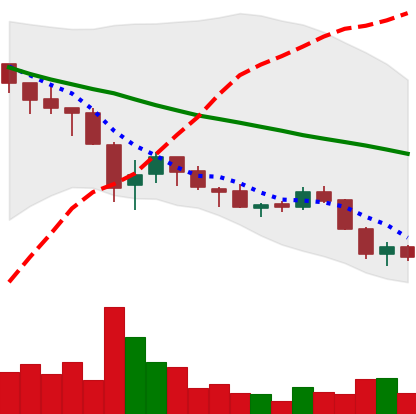
Ticker: ADA-USD
Chart end date: 2018-05-25
Forward return: 5.227%
Label: up_5_7